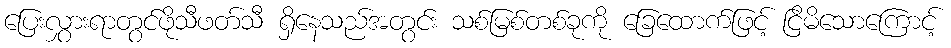
ပြေးလွှားရာတွင်ဖိုသီဖတ်သီ ရှိနေသည်အတွင်း သစ်မြစ်တစ်ခုကို ခြေထောက်ဖြင့် ငြိမိသောကြောင့်